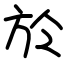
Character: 於